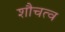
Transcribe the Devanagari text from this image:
शौचत्व